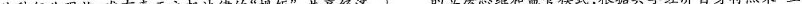
此种行业现状，唯有真正立起法律的”规矩”，共享经济的立法思维和监管模式，根据共享经济自身特点来”立